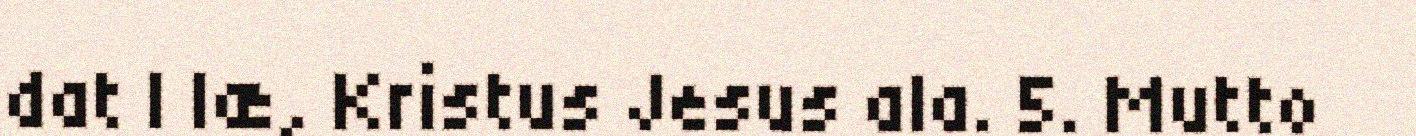
dat | læ, Kristus Jesus ala. 5. Mutto